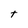
Character: t